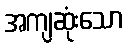
အကျဆုံးသော